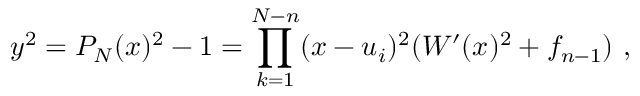
y ^ { 2 } = P _ { N } ( x ) ^ { 2 } - 1 = \prod _ { k = 1 } ^ { N - n } ( x - u _ { i } ) ^ { 2 } ( W ^ { \prime } ( x ) ^ { 2 } + f _ { n - 1 } ) \ ,